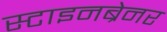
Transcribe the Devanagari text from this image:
स्टाइनब्रेनर